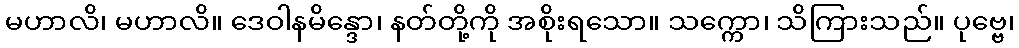
မဟာလိ၊ မဟာလိ။ ဒေဝါနမိန္ဒော၊ နတ်တို့ကို အစိုးရသော။ သက္ကော၊ သိကြားသည်။ ပုဗ္ဗေ၊